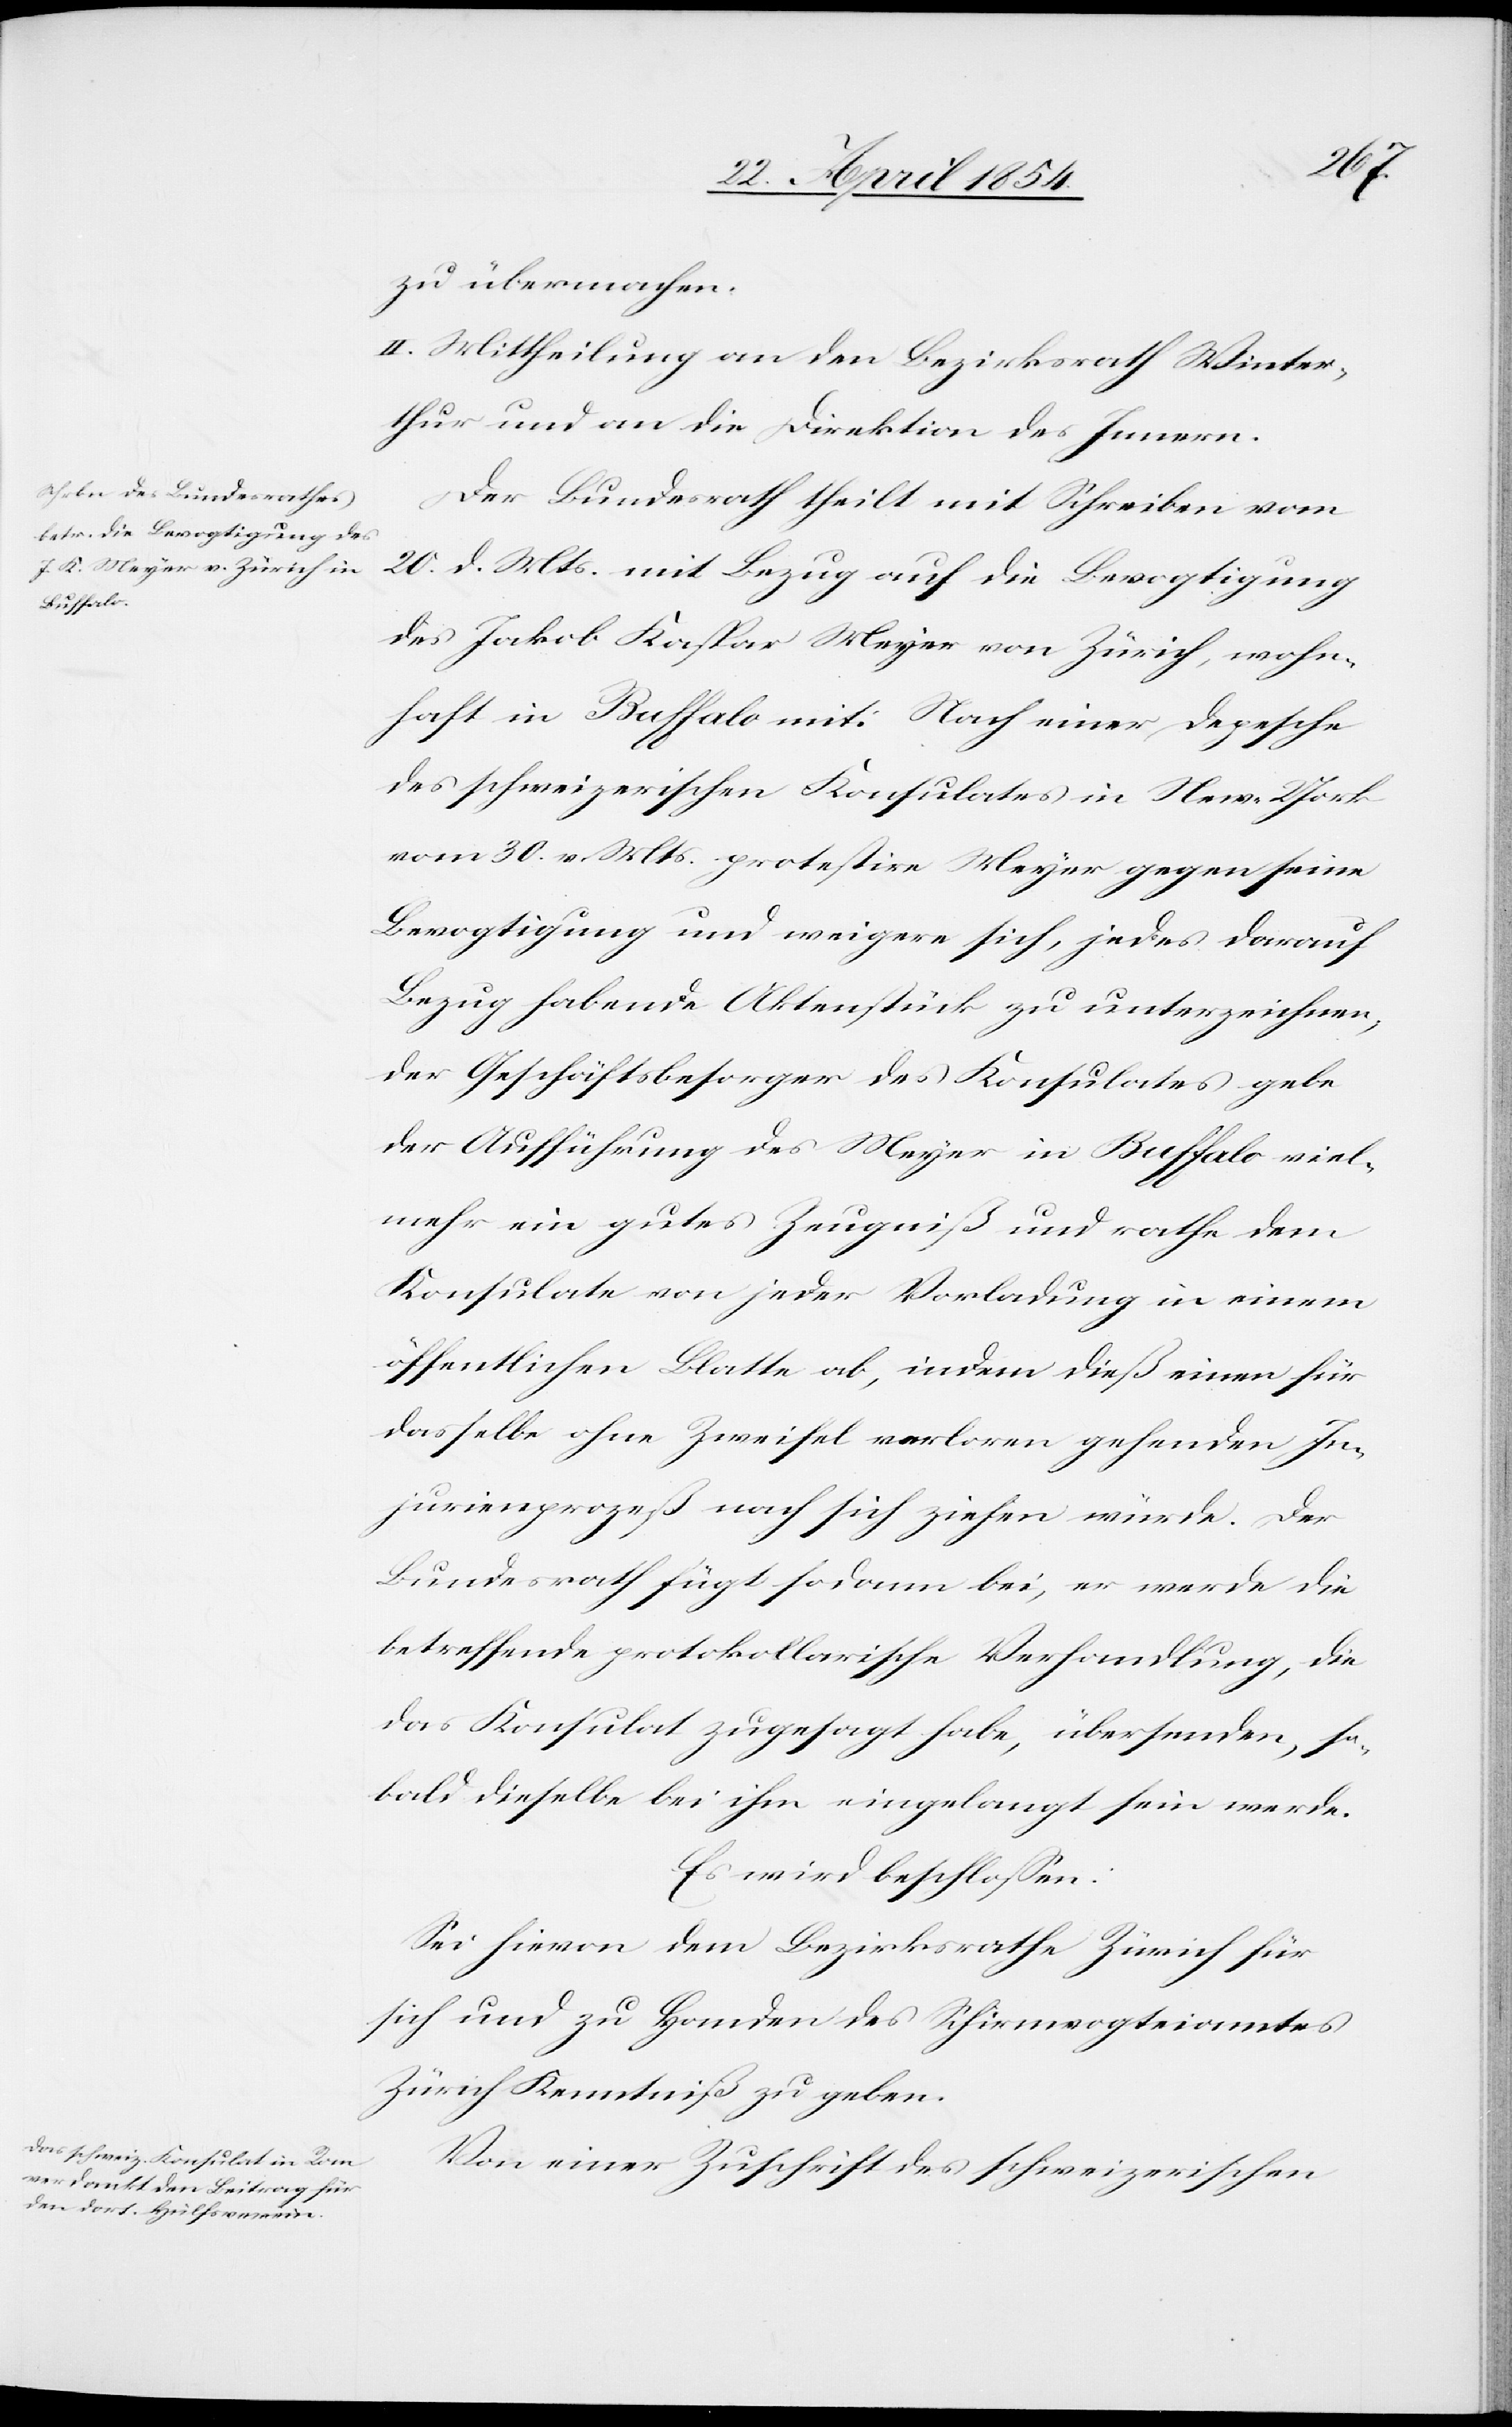
zu übermachen.
II. Mittheilung an den Bezirksrath Winter¬
thur und an die Direktion des Innern.
Der Bundesrath theilt mit Schreiben vom
20. d. Mts mit Bezug auf die Bevogtigung
des Jakob Kaspar Meyer von Zürich, wohn¬
haft in Buffalo mit: Nach einer Depesche
des schweizerischen Konsulates in New-York
vom 30. v. Mts. protestire Meyer gegen seine
Bevogtigung und weigere sich, jedes darauf
Bezug habende Aktenstück zu unterzeichnen,
der Geschäftsbesorger des Konsulate gebe
der Aufführung des Meyer in Buffalo viel¬
mehr ein gutes Zeugniß und rathe dem
Konsulate von jeder Vorladung in einem
öffentlichen Blatte ab, indem dieß einen für
dasselbe ohne Zweifel verloren gehenden In¬
jurienprozeß nach sich ziehen würde. Der
Bundesrath fügt sodann bei, er werde die
betreffende protokollarische Verhandlung, die
das Konsulat zugesagt habe, übersenden, so¬
bald dieselbe bei ihm eingelangt sein werde.
Es wird beschloßen:
Sei hievon dem Bezirksrathe Zürich für
sich und zu Handen des Schirmvogteiamtes
Zürich Kenntniß zu geben.
Von einer Zuschrift des schweizerischen